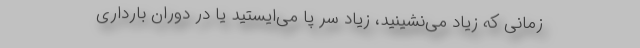
زمانی که زیاد می‌نشینید، زیاد سر پا می‌ایستید یا در دوران بارداری